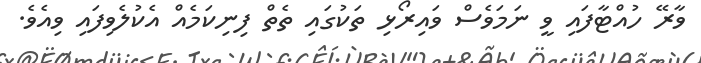
ވާރޭ ހުއްޓާފައި ވީ ނަމަވެސް ވައިރޯޅި ތަކުގައި ތެތް ފިނިކަމެއް އެކުލެވިފައި ވިއެވެ.